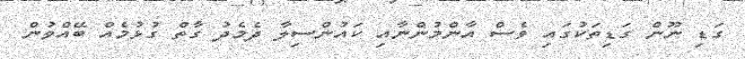
ގަޑި ނޫން ގަޑިތަކުގައި ވެސް އާންމުންނާއި ކައުންސިލާ ދެމެދު ގާތް ގުޅުމެއްް ބޭއްވުން